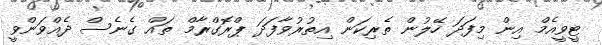
ޓީވީއެމް އިން މިފަދަ ހޭލުން ތެރިކަން އިތުރުވާފަދަ ޕްރޮގްރާމް ތައް ގެނެސް ދެއްވަންވީ